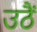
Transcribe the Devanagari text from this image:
उठैं